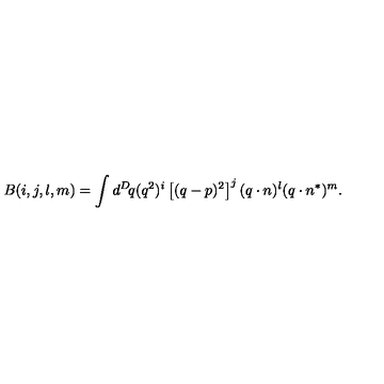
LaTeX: B ( i , j , l , m ) = \int d ^ { D } \! q ( q ^ { 2 } ) ^ { i } \left[ ( q - p ) ^ { 2 } \right] ^ { j } ( q \cdot n ) ^ { l } ( q \cdot n ^ { * } ) ^ { m } .